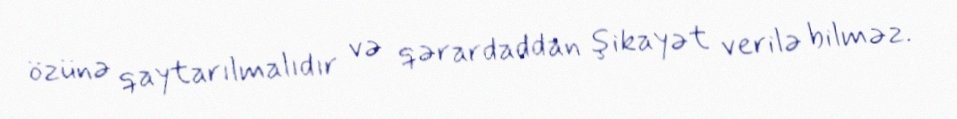
özünə qaytarılmalıdır və qərardaddan şikayət verilə bilməz.